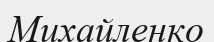
Михайленко